Plague in India, 1896, 1897 - Volume 3
Year: 1896
Disease focus: Plague
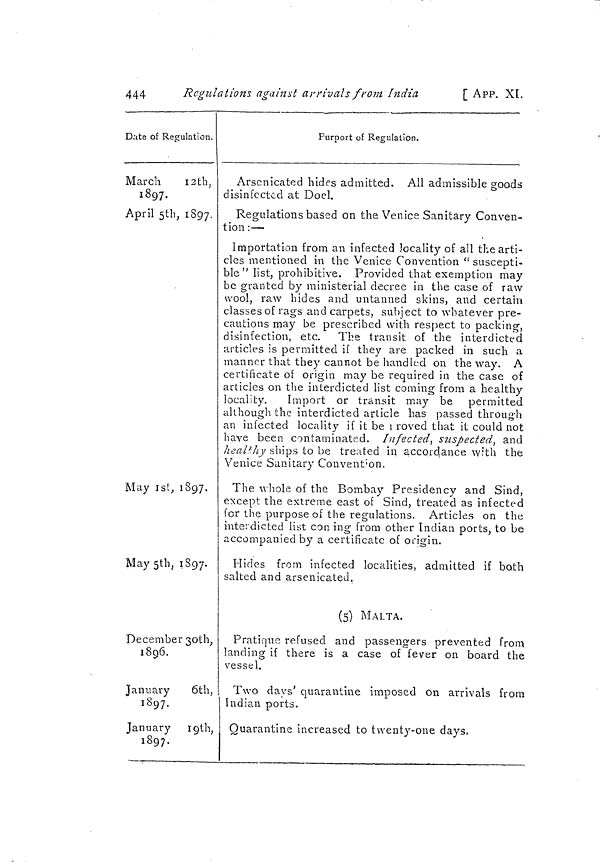
444
Regulations against arrivals from India
[ APP. XI.
Date of Regulation.
March
12th,
1897.
April 5th, 1897,
May 1st, 1897.
May 5th, 1897.
December 30th ;
1896.
January
6th
1897.
January 19th,
1897.
Purport of Regulation.
Arscnicated hides admitted. All admissible goods
disinfected at Doel.
Regulations based on the Venice Sanitary Conven-
tion : — -
Importation from an infected locality of all the arti-
cles mentioned in the Venice Convention "suscepti-
ble" list, prohibitive. Provided that exemption may
be granted by ministerial decree in the case of raw
wool, raw hides and untanned skins, and certain
classes of rags and carpets, subject to whatever pre-
cautions may be prescribed with respect to packing,
disinfection, etc.
The transit of the interdicted
articles is permitted if they are packed in such a
manner that they cannot be handled on the way. A
certificate of origin may be required in the case of
articles on the interdicted list coming from a healthy
locality.
Import or transit may be permitted
although the interdicted article has passed through
an infected locality if it be Moved that it could not
have been contaminated. Infected, suspected, and
healthy ships to be treated in accordance with the
Venice Sanitary Convention.
The whole of the Bombay Presidency and Sind,
except the extreme east of Sind, treated as infected
for the purpose of the regulations. Articles on the
interdicted list con ing from other Indian ports, to be
accompanied by a certificate of origin.
Hides from infected localities, admitted if both
salted and arsenicated.
(5) MALTA.
Pratique refused and passengers prevented from
landing if there is a case of fever on board the
vessel.
Two days' quarantine imposed on arrivals from
Indian ports.
Quarantine increased to twenty-one days.